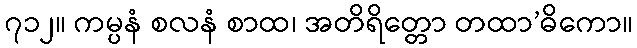
၇၁၂။ ကမ္ပနံ စလနံ စာထ၊ အတိရိတ္တော တထာ’ဓိကော။